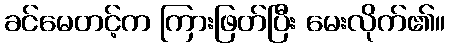
ခင်မေတင့်က ကြားဖြတ်ပြီး မေးလိုက်၏။